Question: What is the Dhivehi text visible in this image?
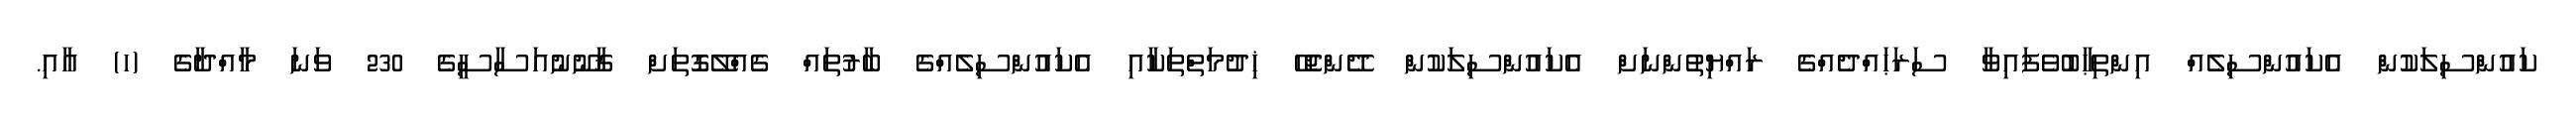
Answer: ކައުންސިލަކުން އެކައުންސިލެއް އިންތިޙާބުވެފައިވާ ސަރަޙައްދެއްގެ ރައްޔިތުންނަށް އެކައުންސިލަކުން ދޭންޖެހޭ ޚިދުމަތްތަކާއި އެކައުންސިލެއްގެ ބާރުތައް ގެއްލޭގޮތަށް ޤާނޫނުއަސާސީގެ 230 ވަނަ މާއްދާގެ (ހ) އާއި.